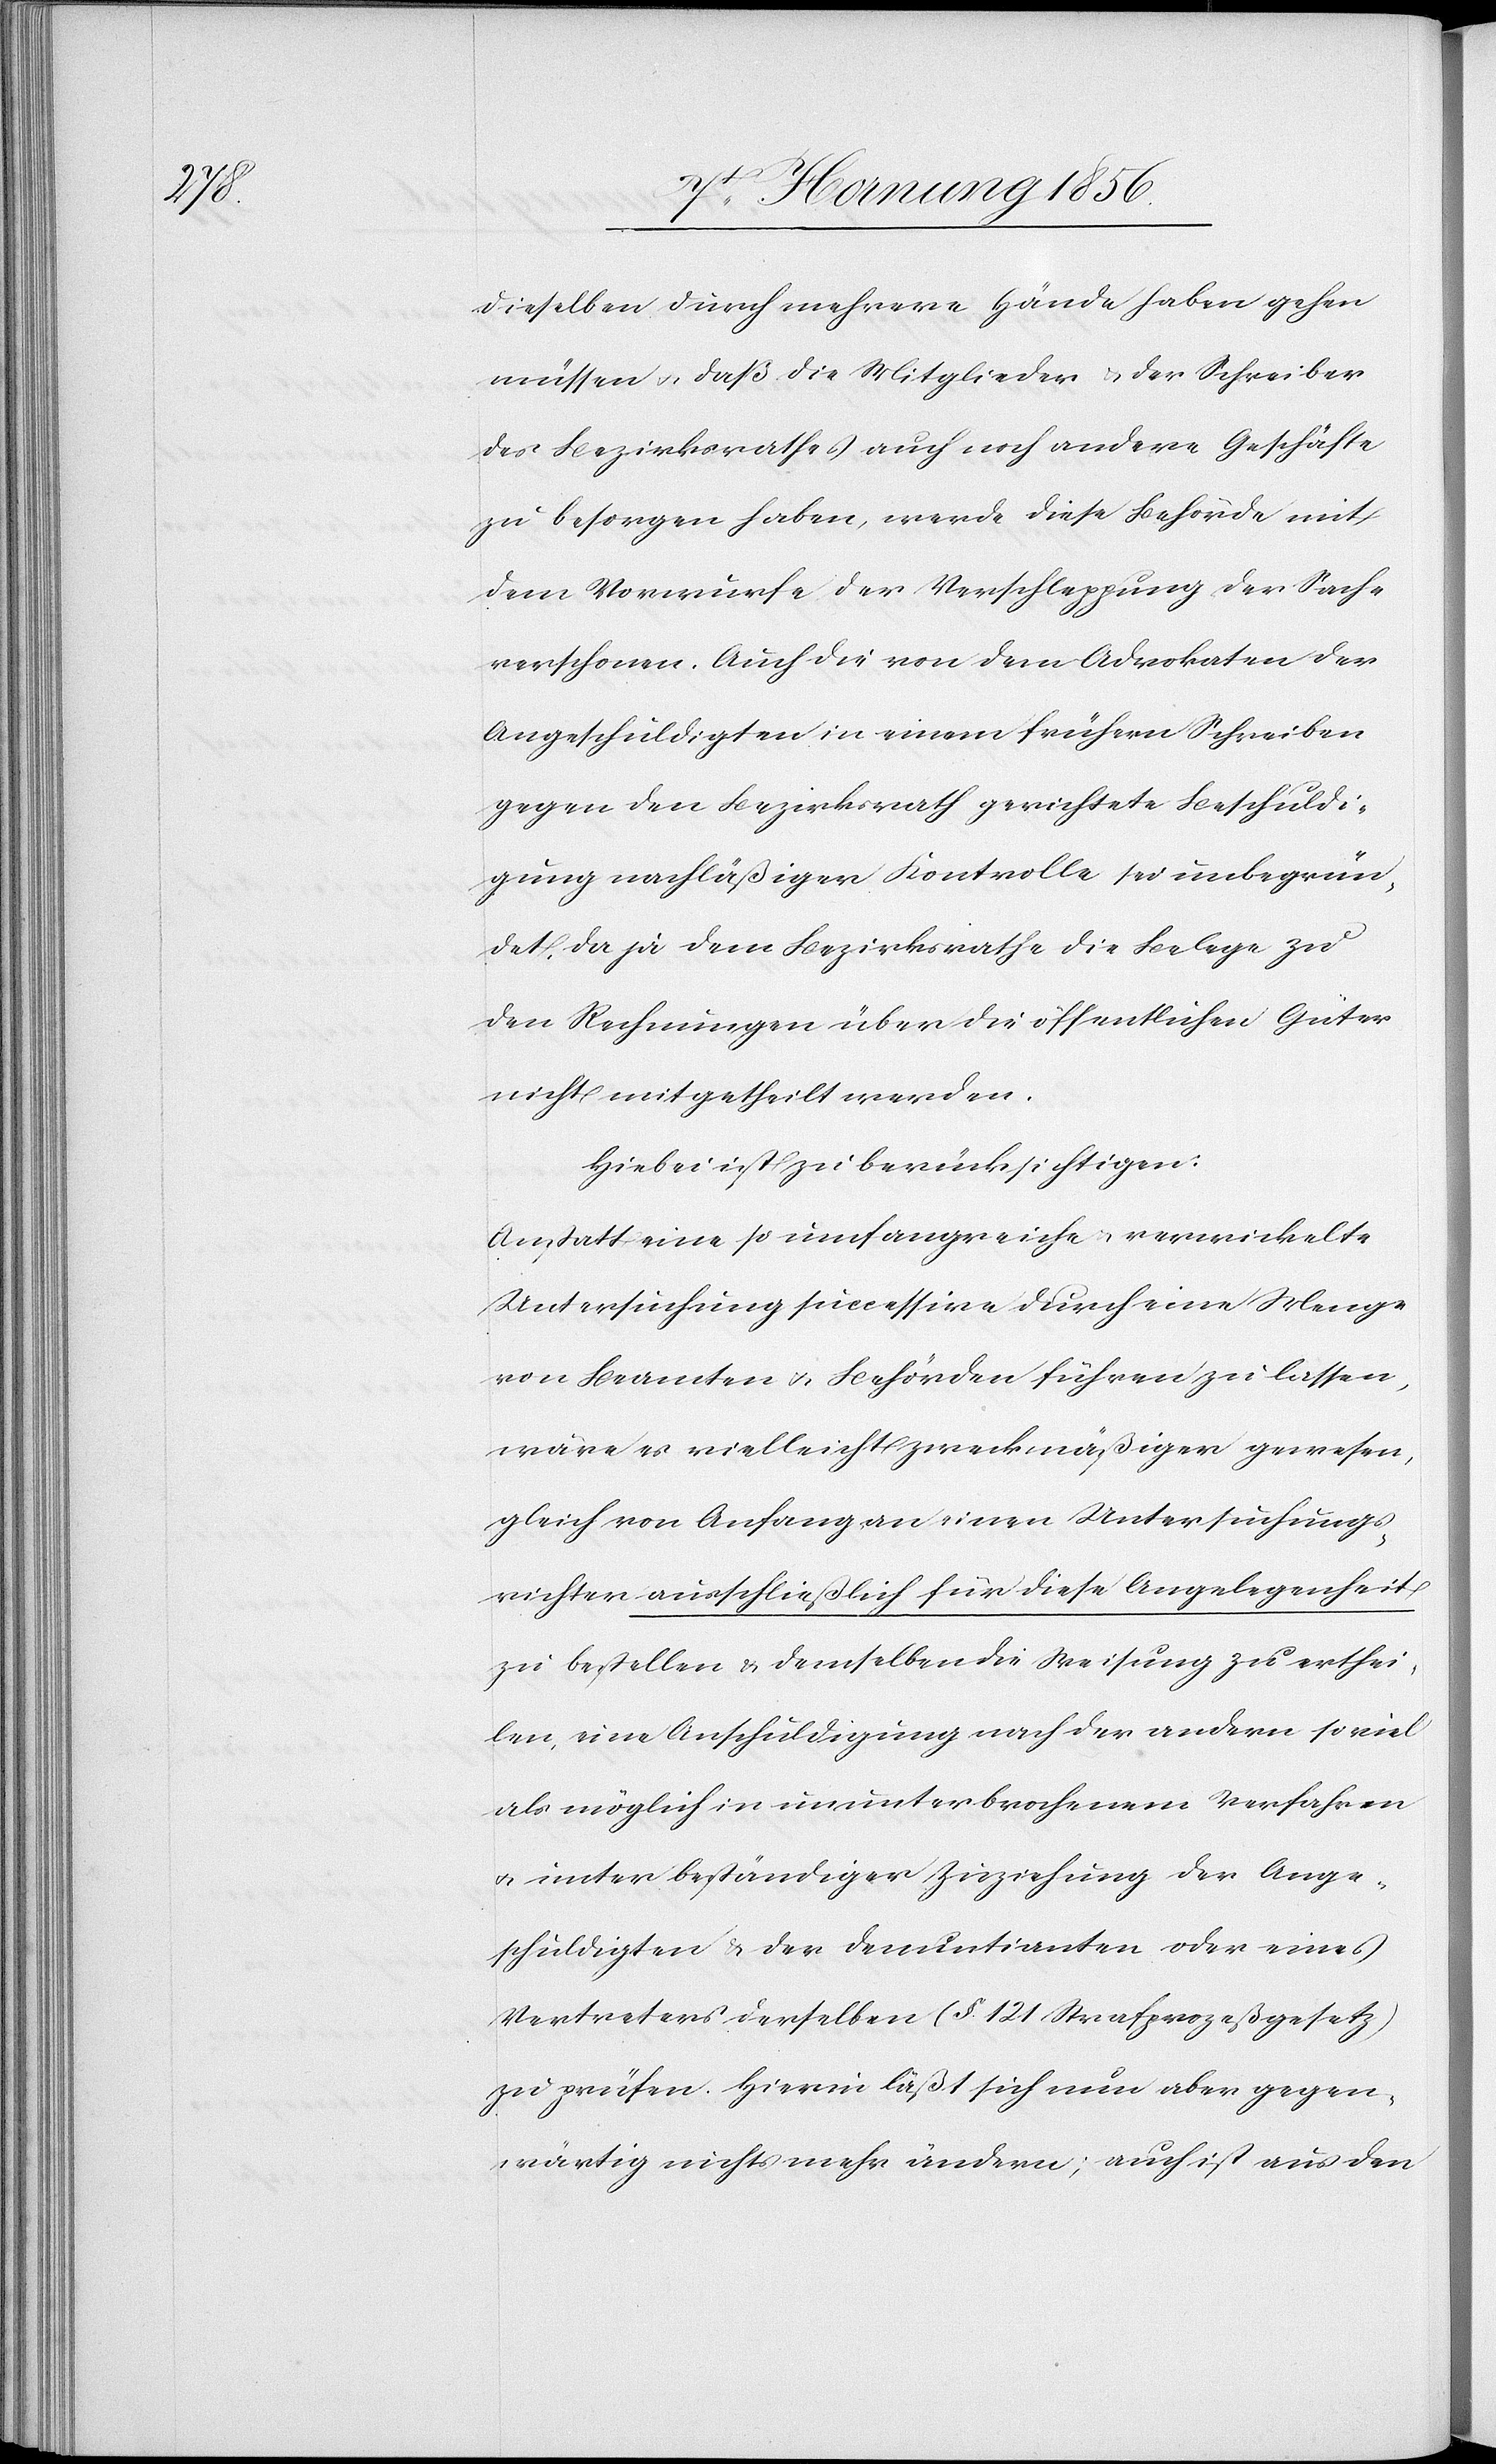
dieselben durch mehrere Hände haben gehen
müssen u. daß die Mitglieder u. der Schreiber
des Bezirksrathes auch noch andere Geschäfte
zu besorgen haben, werde diese Behörde mit
dem Vorwurfe der Verschleppung der Sache
verschonen. Auch die von dem Advokaten der
Angeschuldigten in einem frühern Schreiben
gegen den Bezirksrath gerichtete Beschuldi¬
gung nachläßiger Kontrolle sei unbegrün¬
det, da ja dem Bezirksrathe die Belege zu
den Rechnungen über die öffentlichen Güter
nicht mitgetheilt werden.
Hiebei ist zu berücksichtigen:
Anstatt eine so umfangreiche u. verwickelte
Untersuchung successive durch eine Menge
von Beamten u. Behörden führen zu lassen,
wäre es vielleicht zweckmäßiger gewesen,
gleich von Anfang an einen Untersuchungs¬
richter ausschließlich für diese Angelegenheit
zu bestellen & demselben die Weisung zu erthei¬
len, eine Anschuldigung nach der andern soviel
als möglich in ununterbrochenem Verfahren
u. unter beständiger Zuziehung der Ange¬
schuldigten & der Denuntianten oder eines
Vertreters derselben (§ 121 Strafprozeßgesetz)
zu prüfen. Hierin läßt sich nun aber gegen¬
wärtig nichts mehr ändern; auch ist aus den